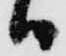
ハ